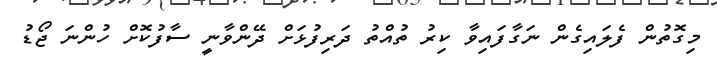
މިގޮތުން ފެލައިގެން ނަގާފައިވާ ކިރު ތުއްތު ދަރިފުޅަށް ދޭންވާނީ ސާފުކޮށް ހުންނަ ޖޯޑު